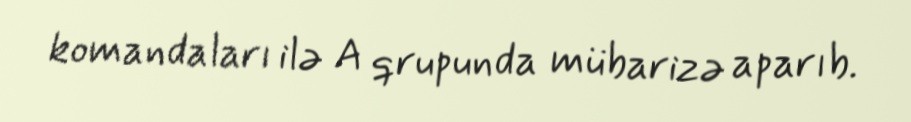
komandaları ilə A qrupunda mübarizə aparıb.